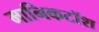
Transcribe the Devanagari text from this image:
मानिकटॉश